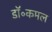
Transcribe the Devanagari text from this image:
डॉ॰कमल